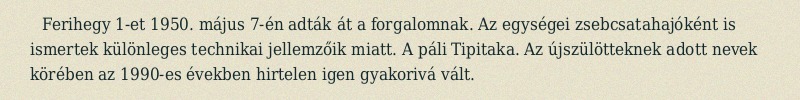
Ferihegy 1-et 1950. május 7-én adták át a forgalomnak. Az egységei zsebcsatahajóként is ismertek különleges technikai jellemzőik miatt. A páli Tipitaka. Az újszülötteknek adott nevek körében az 1990-es években hirtelen igen gyakorivá vált.